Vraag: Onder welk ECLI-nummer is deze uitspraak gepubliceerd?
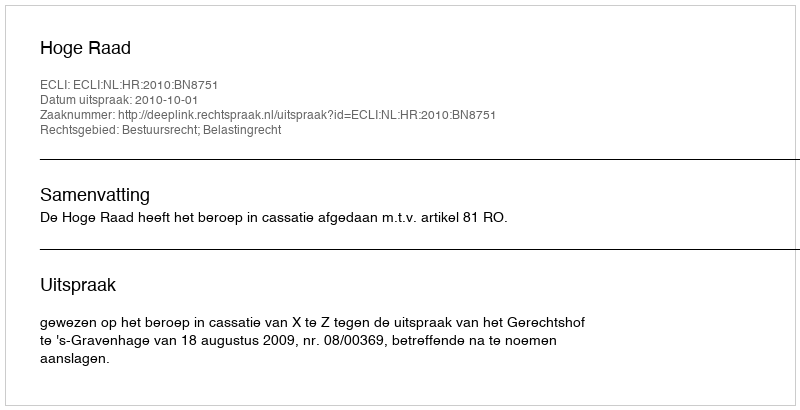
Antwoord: ECLI:NL:HR:2010:BN8751